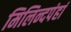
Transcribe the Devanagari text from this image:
मिलिन्दपंहां